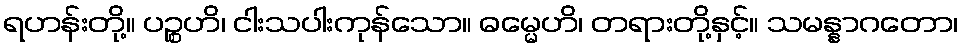
ရဟန်းတို့။ ပဉ္စဟိ၊ ငါးသပါးကုန်သော။ ဓမ္မေဟိ၊ တရားတို့နှင့်။ သမန္နာဂတော၊